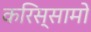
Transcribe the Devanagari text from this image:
करिस्सामो